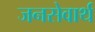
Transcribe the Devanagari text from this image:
जनसेवार्थ